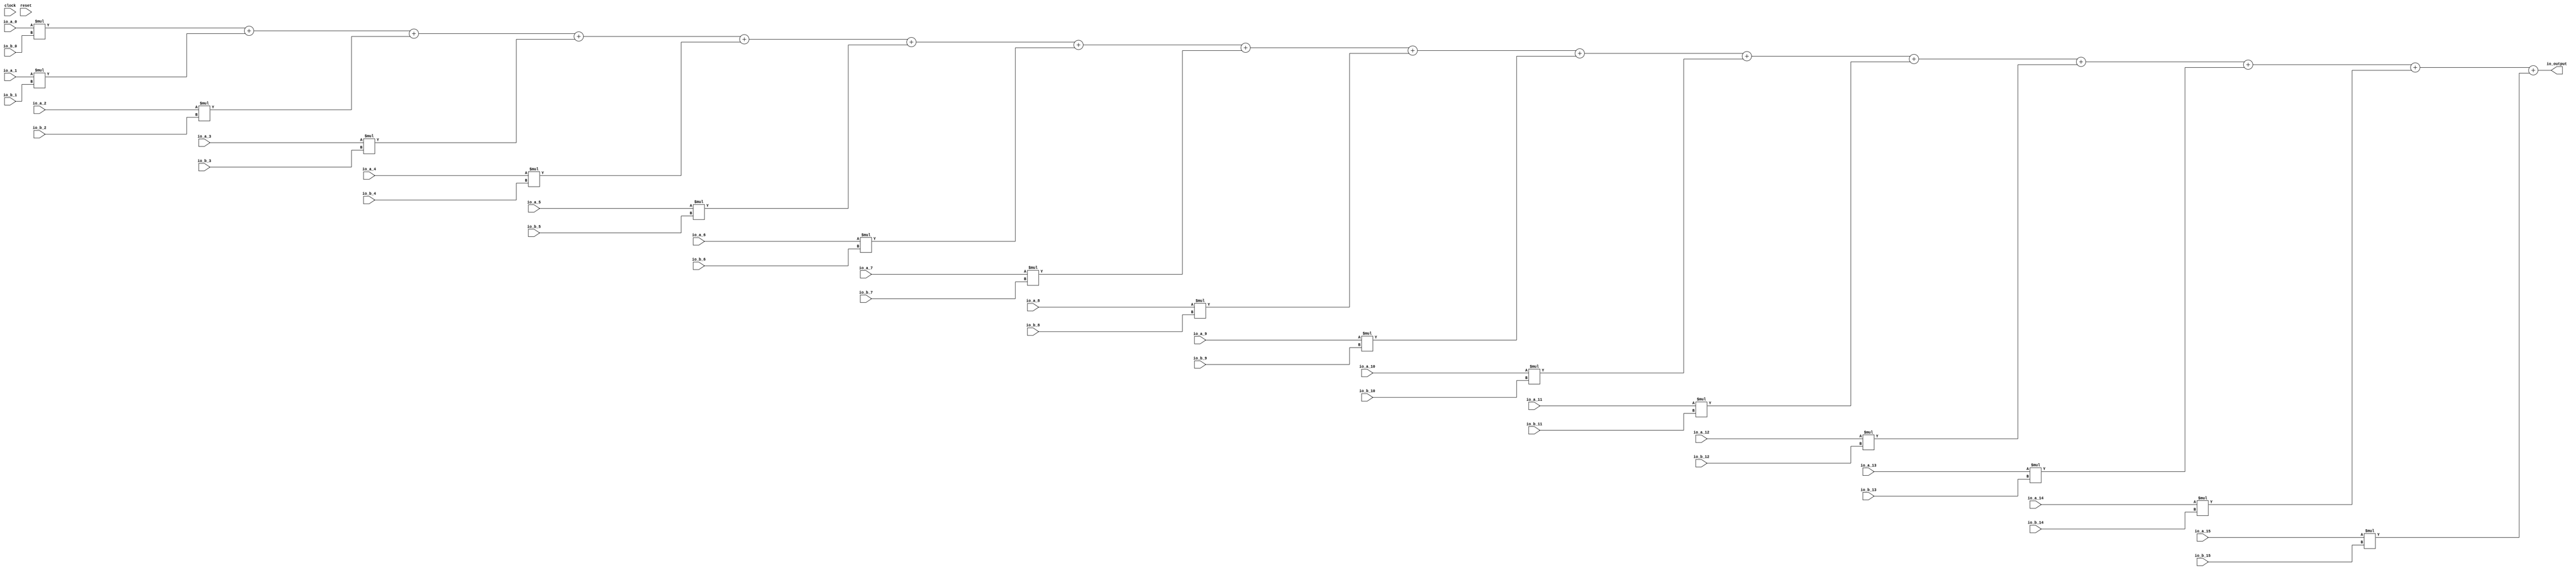
module MulAdd(
  input         clock,
  input         reset,
  input  [31:0] io_a_0,
  input  [31:0] io_a_1,
  input  [31:0] io_a_2,
  input  [31:0] io_a_3,
  input  [31:0] io_a_4,
  input  [31:0] io_a_5,
  input  [31:0] io_a_6,
  input  [31:0] io_a_7,
  input  [31:0] io_a_8,
  input  [31:0] io_a_9,
  input  [31:0] io_a_10,
  input  [31:0] io_a_11,
  input  [31:0] io_a_12,
  input  [31:0] io_a_13,
  input  [31:0] io_a_14,
  input  [31:0] io_a_15,
  input  [31:0] io_b_0,
  input  [31:0] io_b_1,
  input  [31:0] io_b_2,
  input  [31:0] io_b_3,
  input  [31:0] io_b_4,
  input  [31:0] io_b_5,
  input  [31:0] io_b_6,
  input  [31:0] io_b_7,
  input  [31:0] io_b_8,
  input  [31:0] io_b_9,
  input  [31:0] io_b_10,
  input  [31:0] io_b_11,
  input  [31:0] io_b_12,
  input  [31:0] io_b_13,
  input  [31:0] io_b_14,
  input  [31:0] io_b_15,
  output [31:0] io_output
);
  wire [63:0] _T = $signed(io_a_0) * $signed(io_b_0); // @[MulAdd.scala 15:24]
  wire [64:0] _T_1 = {{1{_T[63]}},_T}; // @[MulAdd.scala 15:13]
  wire [63:0] _T_3 = _T_1[63:0]; // @[MulAdd.scala 15:13]
  wire [63:0] _T_4 = $signed(io_a_1) * $signed(io_b_1); // @[MulAdd.scala 15:24]
  wire [63:0] _T_7 = $signed(_T_3) + $signed(_T_4); // @[MulAdd.scala 15:13]
  wire [63:0] _T_8 = $signed(io_a_2) * $signed(io_b_2); // @[MulAdd.scala 15:24]
  wire [63:0] _T_11 = $signed(_T_7) + $signed(_T_8); // @[MulAdd.scala 15:13]
  wire [63:0] _T_12 = $signed(io_a_3) * $signed(io_b_3); // @[MulAdd.scala 15:24]
  wire [63:0] _T_15 = $signed(_T_11) + $signed(_T_12); // @[MulAdd.scala 15:13]
  wire [63:0] _T_16 = $signed(io_a_4) * $signed(io_b_4); // @[MulAdd.scala 15:24]
  wire [63:0] _T_19 = $signed(_T_15) + $signed(_T_16); // @[MulAdd.scala 15:13]
  wire [63:0] _T_20 = $signed(io_a_5) * $signed(io_b_5); // @[MulAdd.scala 15:24]
  wire [63:0] _T_23 = $signed(_T_19) + $signed(_T_20); // @[MulAdd.scala 15:13]
  wire [63:0] _T_24 = $signed(io_a_6) * $signed(io_b_6); // @[MulAdd.scala 15:24]
  wire [63:0] _T_27 = $signed(_T_23) + $signed(_T_24); // @[MulAdd.scala 15:13]
  wire [63:0] _T_28 = $signed(io_a_7) * $signed(io_b_7); // @[MulAdd.scala 15:24]
  wire [63:0] _T_31 = $signed(_T_27) + $signed(_T_28); // @[MulAdd.scala 15:13]
  wire [63:0] _T_32 = $signed(io_a_8) * $signed(io_b_8); // @[MulAdd.scala 15:24]
  wire [63:0] _T_35 = $signed(_T_31) + $signed(_T_32); // @[MulAdd.scala 15:13]
  wire [63:0] _T_36 = $signed(io_a_9) * $signed(io_b_9); // @[MulAdd.scala 15:24]
  wire [63:0] _T_39 = $signed(_T_35) + $signed(_T_36); // @[MulAdd.scala 15:13]
  wire [63:0] _T_40 = $signed(io_a_10) * $signed(io_b_10); // @[MulAdd.scala 15:24]
  wire [63:0] _T_43 = $signed(_T_39) + $signed(_T_40); // @[MulAdd.scala 15:13]
  wire [63:0] _T_44 = $signed(io_a_11) * $signed(io_b_11); // @[MulAdd.scala 15:24]
  wire [63:0] _T_47 = $signed(_T_43) + $signed(_T_44); // @[MulAdd.scala 15:13]
  wire [63:0] _T_48 = $signed(io_a_12) * $signed(io_b_12); // @[MulAdd.scala 15:24]
  wire [63:0] _T_51 = $signed(_T_47) + $signed(_T_48); // @[MulAdd.scala 15:13]
  wire [63:0] _T_52 = $signed(io_a_13) * $signed(io_b_13); // @[MulAdd.scala 15:24]
  wire [63:0] _T_55 = $signed(_T_51) + $signed(_T_52); // @[MulAdd.scala 15:13]
  wire [63:0] _T_56 = $signed(io_a_14) * $signed(io_b_14); // @[MulAdd.scala 15:24]
  wire [63:0] _T_59 = $signed(_T_55) + $signed(_T_56); // @[MulAdd.scala 15:13]
  wire [63:0] _T_60 = $signed(io_a_15) * $signed(io_b_15); // @[MulAdd.scala 15:24]
  wire [63:0] tmp = $signed(_T_59) + $signed(_T_60); // @[MulAdd.scala 15:13]
  assign io_output = tmp[31:0]; // @[MulAdd.scala 18:15]
endmodule